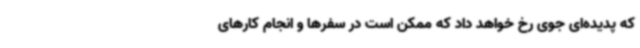
که پدیده‌ای جوی رخ خواهد داد که ممکن است در سفرها و انجام کارهای